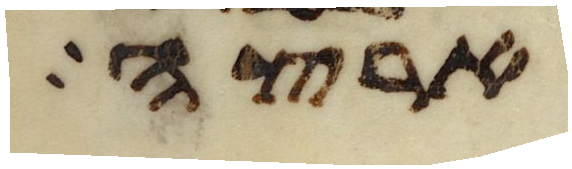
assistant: ארצה